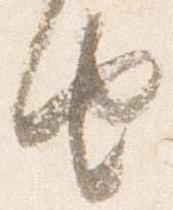
由